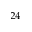
^ { 2 4 }